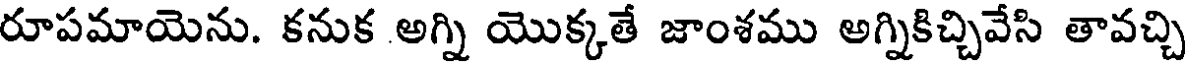
రూపమాయెను. కనుక అగ్ని యొక్కతే జాంశము అగ్నికిచ్చివేసి తావచ్చి